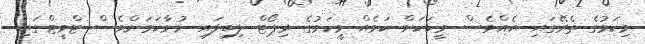
މިކަމުގެ ތެރޭގައި އެއްވެސް މީހަކަށް ކަމެއް ވީކަމުގެ ރިޕޯޓް ލިބިފައި ނުވާކަމަށްވެސް ޓްވީޓްގައި